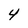
Character: 4